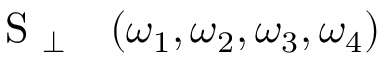
\begin{array} { r l } { \mathrm { ~ S ~ } _ { \perp } } & { { } ( \omega _ { 1 } , \omega _ { 2 } , \omega _ { 3 } , \omega _ { 4 } ) } \end{array}